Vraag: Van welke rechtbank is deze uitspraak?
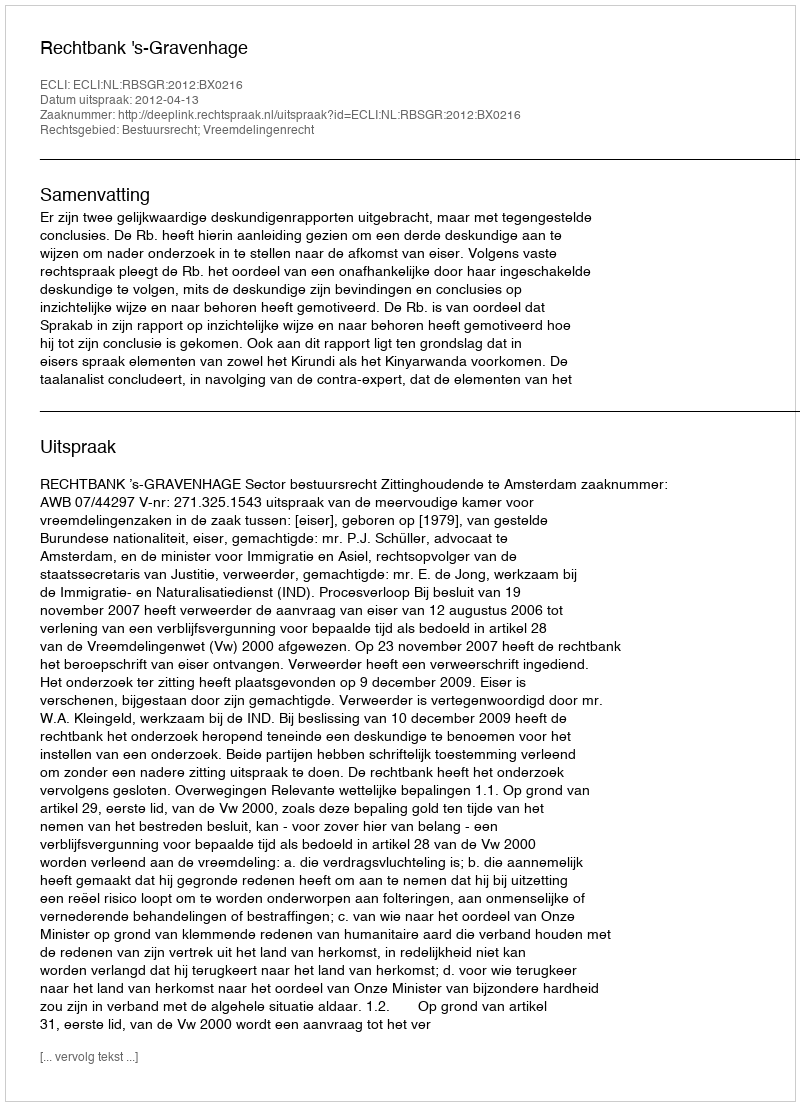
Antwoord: Rechtbank 's-Gravenhage